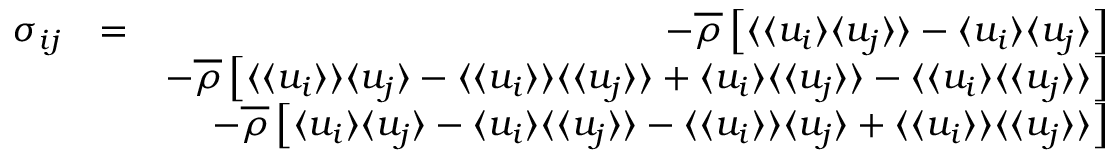
\begin{array} { r l r } { \sigma _ { i j } } & { = } & { - \overline { { \rho } } \left[ \langle { \langle u _ { i } \rangle \langle u _ { j } \rangle } \rangle - \langle u _ { i } \rangle \langle u _ { j } \rangle \right] } \\ & { } & { - \overline { { \rho } } \left[ \langle \langle u _ { i } \rangle \rangle \langle u _ { j } \rangle - \langle \langle u _ { i } \rangle \rangle \langle \langle u _ { j } \rangle \rangle + \langle u _ { i } \rangle \langle \langle u _ { j } \rangle \rangle - \langle \langle u _ { i } \rangle \langle \langle u _ { j } \rangle \rangle \right] } \\ & { } & { - \overline { { \rho } } \left[ \langle u _ { i } \rangle \langle u _ { j } \rangle - \langle u _ { i } \rangle \langle \langle u _ { j } \rangle \rangle - \langle \langle u _ { i } \rangle \rangle \langle u _ { j } \rangle + \langle \langle u _ { i } \rangle \rangle \langle \langle u _ { j } \rangle \rangle \right] } \end{array}